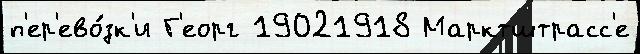
п'ер'ево́зк'и Г'еорг 19021918 Марктштрасс'е